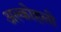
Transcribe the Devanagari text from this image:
अल्कोहली